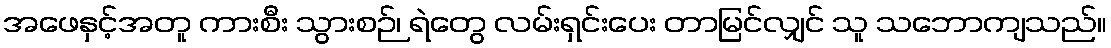
အဖေနှင့်အတူ ကားစီး သွားစဉ်၊ ရဲတွေ လမ်းရှင်းပေး တာမြင်လျှင် သူ သဘောကျသည်။